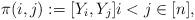
LaTeX: \begin{align*}\pi(i,j):=[Y_i,Y_j] i<j\in[n], \end{align*}